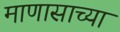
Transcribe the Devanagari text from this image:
माणासाच्या